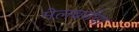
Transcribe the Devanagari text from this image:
मेलबर्नचा